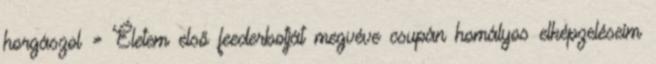
horgászol » Életem első feederbotját megvéve csupán homályos elképzeléseim